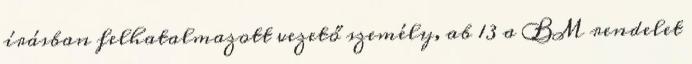
írásban felhatalmazott vezető személy, ab 13 a BM rendelet